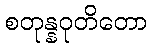
စတုန္နဝုတိတော